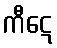
ကီဋေ